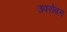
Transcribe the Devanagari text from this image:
उपरोक्त्त